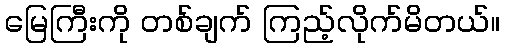
မြေကြီးကို တစ်ချက် ကြည့်လိုက်မိတယ်။